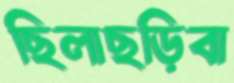
ছিলাছড়িবা